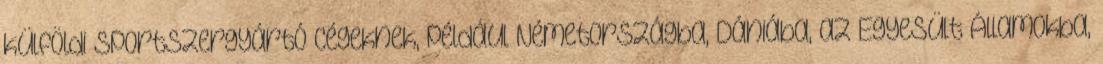
külföldi sportszergyártó cégeknek, például Németországba, Dániába, az Egyesült Államokba,